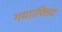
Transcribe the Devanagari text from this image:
गया।फ्लिंट